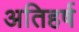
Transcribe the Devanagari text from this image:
अतिहर्ष